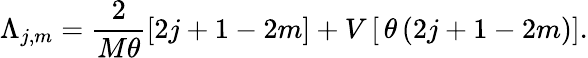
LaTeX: \Lambda_{j,m}=\frac{2}{M\theta}\left[2j+1-2m\right]+V\left[\, \theta\, (2j+1-2m)\right].